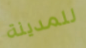
للمدينة